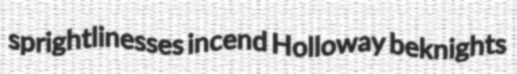
sprightlinesses incend Holloway beknights